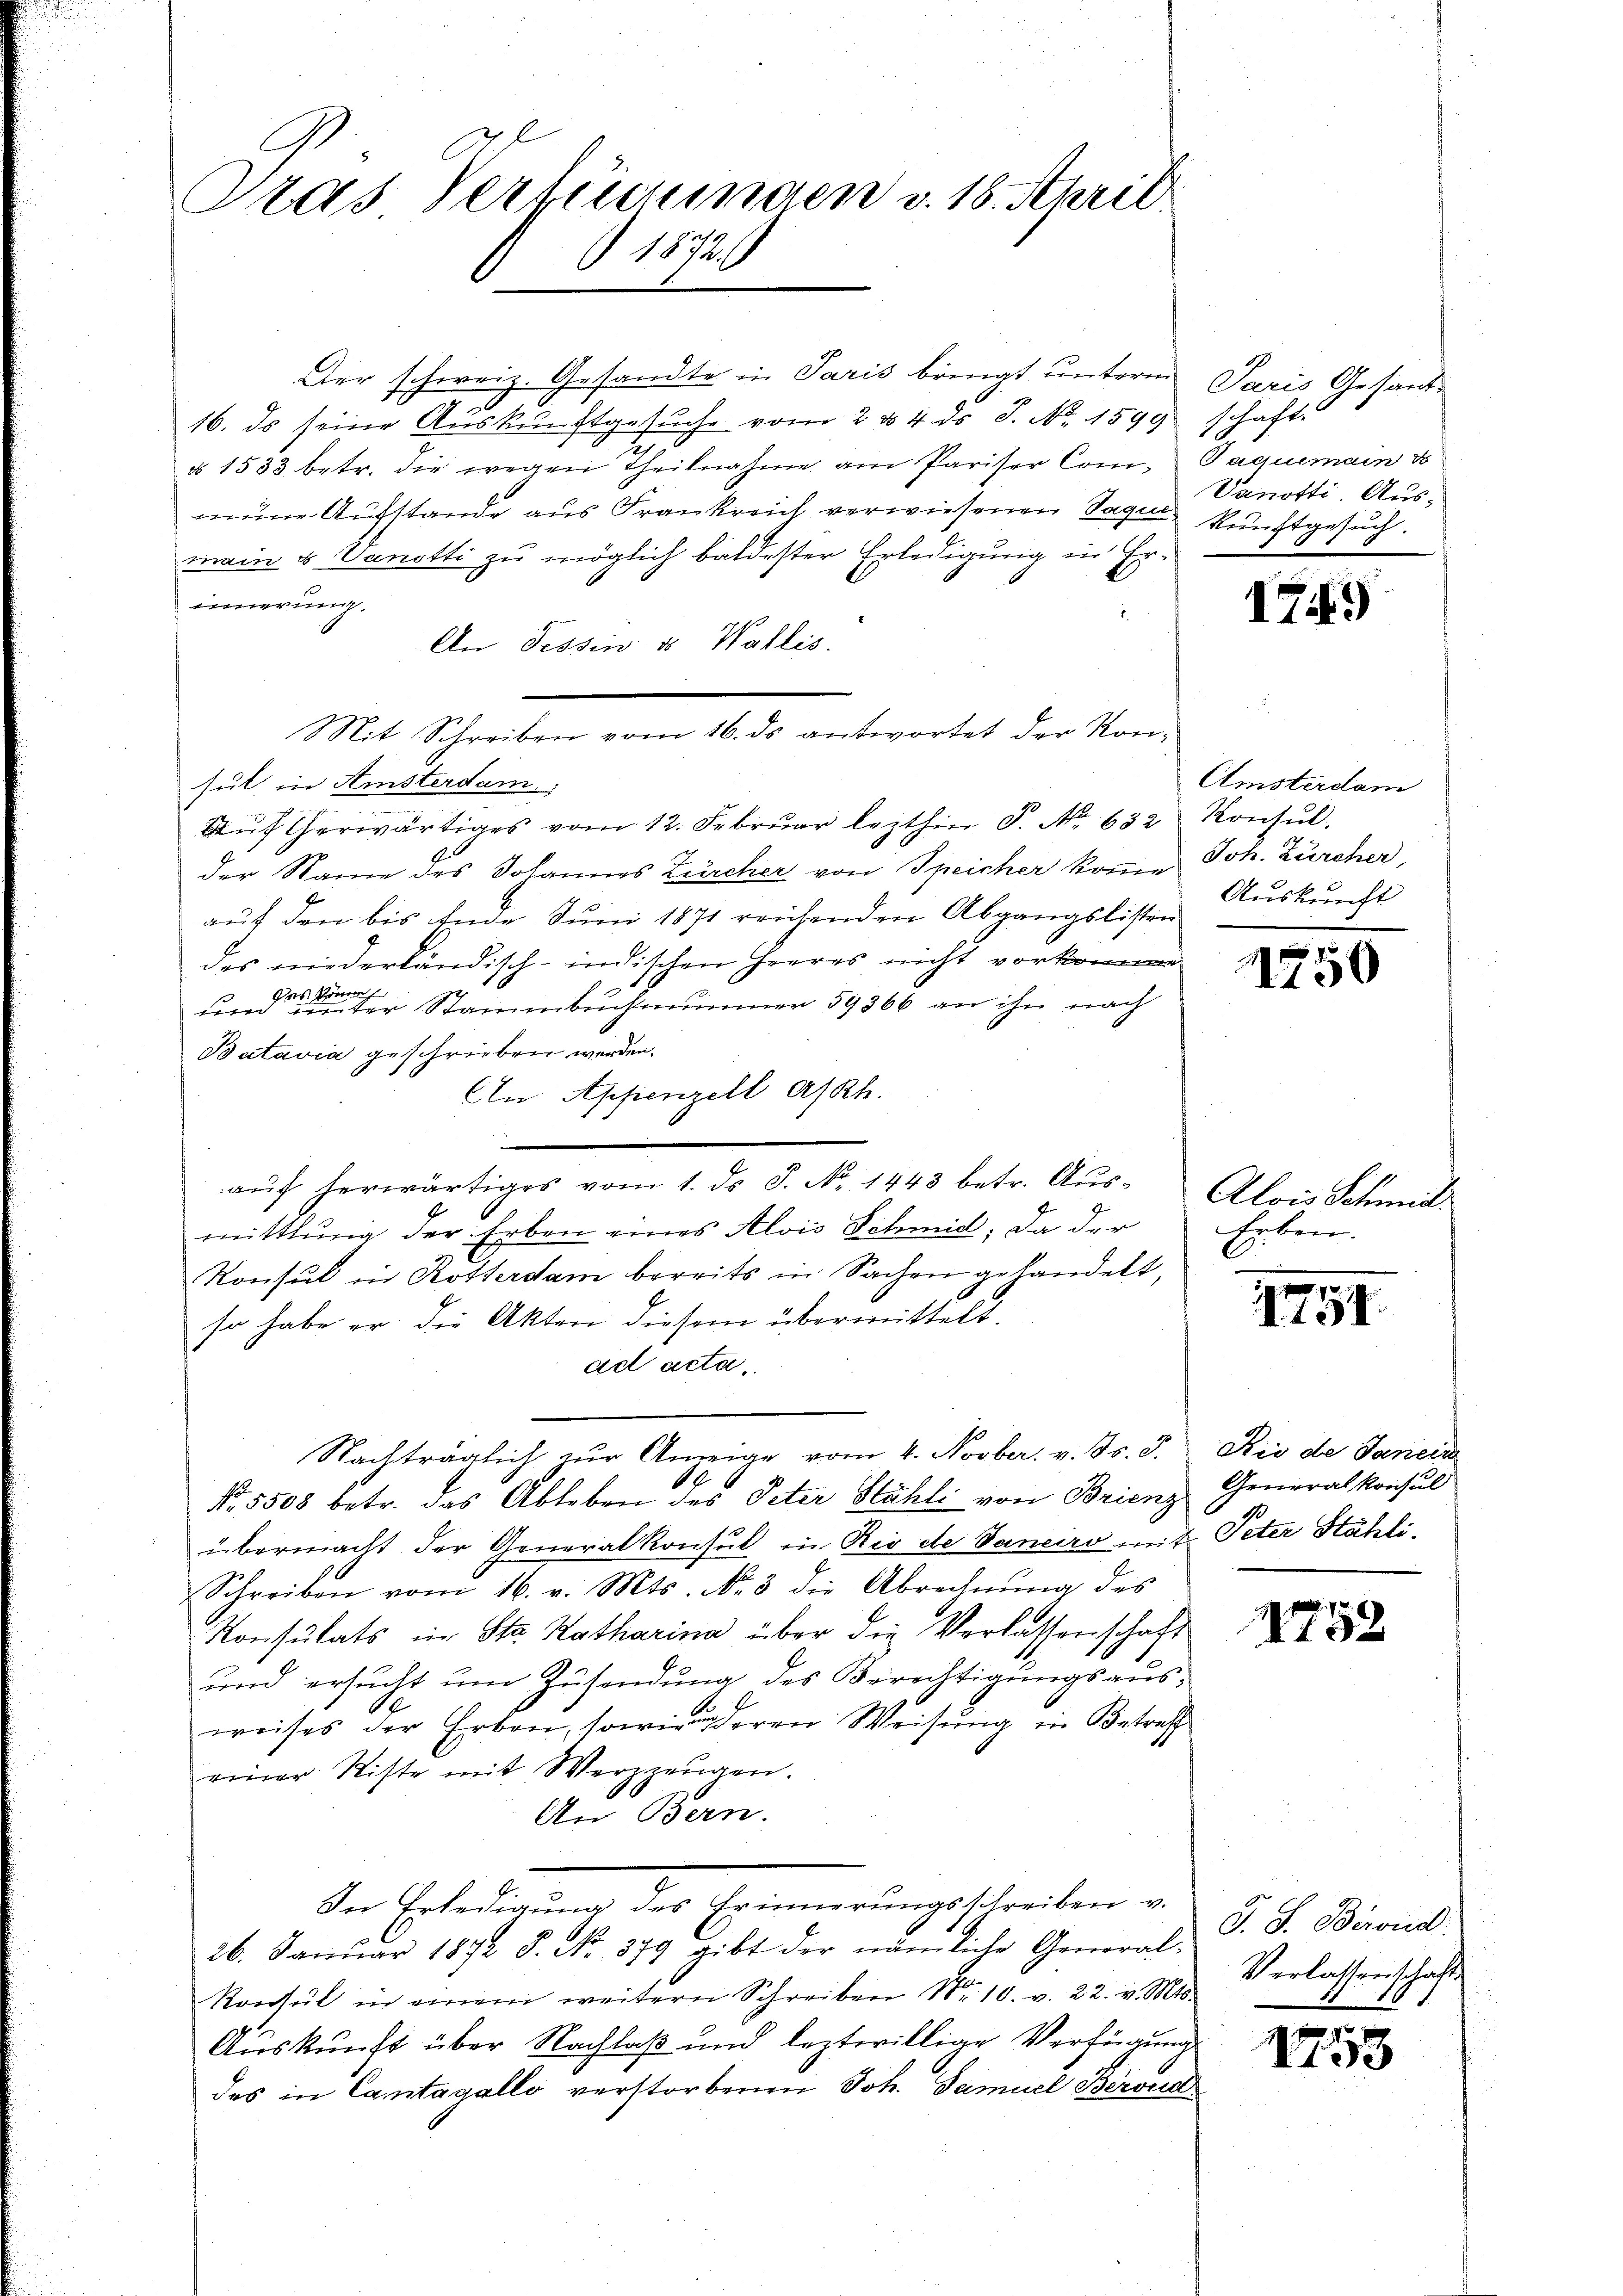
Tras Verheurungen v. 18. April.
11721

Der schweiz. Gesandte in Paris bringt unterm
16. ds seine Auskunftgesŭche vom 24. ds J. No. 1599 schaft-
§ 1533 betr. die wegen Theilnahme am Pariser Com¬ Paquemain d
mene Aufstande aus Frankreich verwiesenen Sagen kunftgesuch.
main u Vanotti zu möglich baldester Erledigung in Erinnerung.
An Tessin & Wallis
hut in Amsterdam.
Aŭfherwärtiges vom 12. Febrŭar lezthin P. Nr. 632 Konsŭl.
der Name des Johannes Zürcher von Speicher komme Joh. Zürcher,
auf den bis Ende Juni 1871 reichenden Abgangslisten Auskunft
des niederländisch-indischen Heeres nicht vorkommen
und in der Stammbucheiner 59866 an ihn nach
Batavia geschrieben werden.
An Appenzell A/Rh.
aŭf herwärtiges vom 1. ds. S. No. 1443 betr. Aŭs-
mittlung der Erben eines Alois Schmid, da der
Konsul in Rotterdam bereits in Sachen gehandelt,
so habe er die Akten diesem übermittelt.
ad acta,
Nachträglich zur Anzeige vom 4. Novber. v. Js. 3.
19
No. 5508 betr. das Ableben des Peter Stähli von Brienz Generalkonsul
übermacht der Generalkonsul in Rio de Vaneiro mit Peter Stähli¬
Schreiben vom 16. v. Mts. N. 3 die Abrechnŭng des
Konsulats in Str. Ratharina über die Verlassenschaft
und ersucht um Zusendung des Berechtigungsausweises der Erben, sowie deren Weisung in Betreff
einer Riste mit Werzzeugen.
An Bern.
In Erledigung des Erinnerungsschreiben v.
26. Janŭar 1872 S. No. 379 gibt der nämliche General-
Konsul in einem weitern Schreiben Nr. 10. v. 22. v. Mts.
Auskunft über Nachlaß und leztwillige Verfügung
des in Cantagallo verstorbenen Joh. Samuel Berond

Mit Schreiben vom 16. ds antwortet der Kon¬

Paris Gesand-
Vanotti. Aus¬

17.)

Amsterdam

11750

Alois Schmeidl
Erben.
n

1799.

Rio de Janein

1752

J. J. Berond.
Verlassenschafts
u

1753